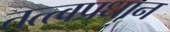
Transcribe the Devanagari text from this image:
तत्त्वप्रधान